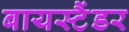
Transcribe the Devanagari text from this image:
बायस्टैंडर